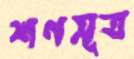
শণসূত্র